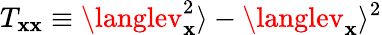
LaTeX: T_{\mathbf{x}\mathbf{x}}\equiv\langlev_{\mathbf{x}}^{2}\rangle-\langlev_{\mathbf{x}}\rangle^{2}